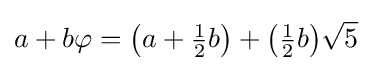
a+b\varphi ={\bigl (}a+{\tfrac {1}{2}}b{\bigr )}+{\bigl (}{\tfrac {1}{2}}b{\bigr )}{\sqrt {5}}